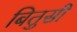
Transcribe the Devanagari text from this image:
बितुसी